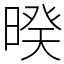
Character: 暌